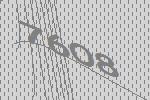
7608